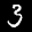
Label: 3